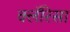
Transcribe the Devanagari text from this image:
क्लॅरिसा